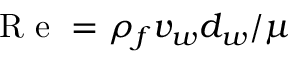
\mathrm { ~ R ~ e ~ } = \rho _ { f } v _ { w } d _ { w } / \mu